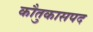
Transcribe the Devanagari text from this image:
काैतुकासपद